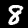
Label: 8